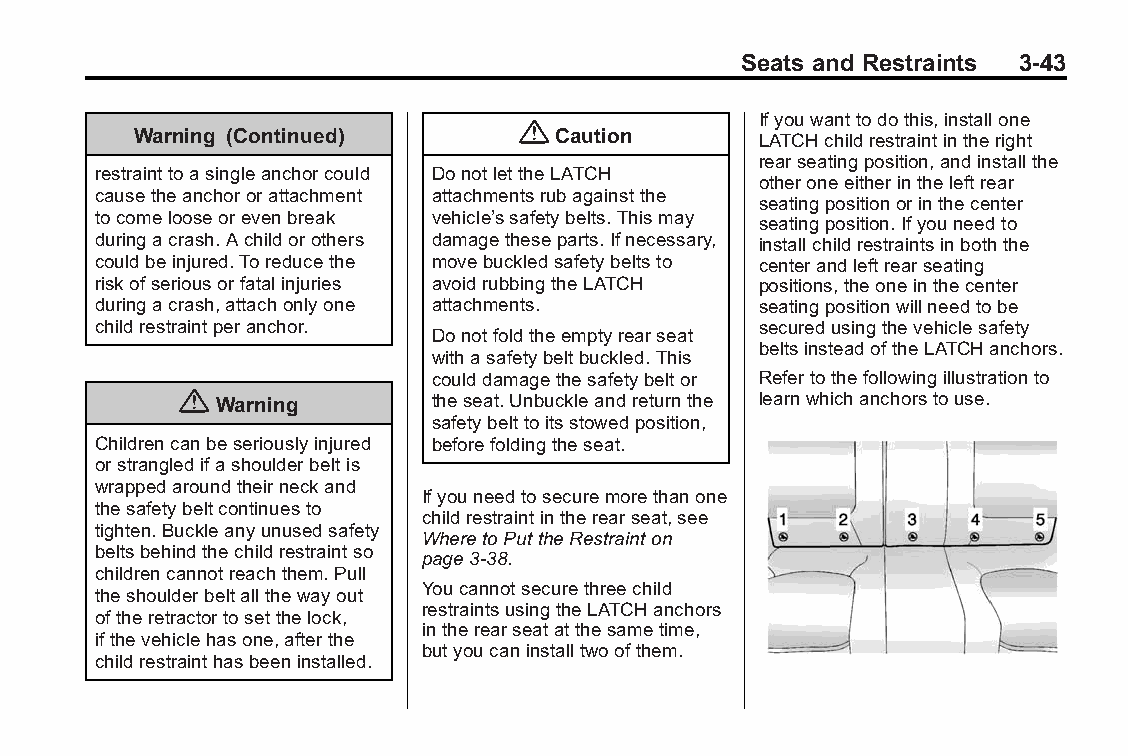
Buick LaCrosse Owner Manual (GMNA-Localizing-U.S./Canada/Mexico- Blackplate(43,1)
 6043609)-2014-2ndEdition-10/17/13
 Seats and Restraints 3-43
 Ifyouwanttodothis,installone
 {
 Warning (Continued)        Caution       LATCHchildrestraintintheright
 rearseatingposition,andinstallthe
 restrainttoasingleanchorcould DonotlettheLATCH
 otheroneeitherintheleftrear
 causetheanchororattachment attachmentsrubagainstthe
 seatingpositionorinthecenter
 tocomelooseorevenbreak vehicle’ssafetybelts.Thismay seatingposition.Ifyouneedto
 duringacrash.Achildorothers damagetheseparts.Ifnecessary, installchildrestraintsinboththe
 couldbeinjured.Toreducethe movebuckledsafetybeltsto centerandleftrearseating
 riskofseriousorfatalinjuries avoidrubbingtheLATCH positions,theoneinthecenter
 duringacrash,attachonlyone attachments.     seatingpositionwillneedtobe
 childrestraintperanchor.                    securedusingthevehiclesafety
 Donotfoldtheemptyrearseat
 beltsinsteadoftheLATCHanchors.
 withasafetybeltbuckled.This
 coulddamagethesafetybeltor Refertothefollowingillustrationto
 { Warning       theseat.Unbuckleandreturnthe learnwhichanchorstouse.
 safetybelttoitsstowedposition,
 Childrencanbeseriouslyinjured beforefoldingtheseat.
 orstrangledifashoulderbeltis
 wrappedaroundtheirneckand
 Ifyouneedtosecuremorethanone
 thesafetybeltcontinuesto
 childrestraintintherearseat,see
 tighten.Buckleanyunusedsafety
 WheretoPuttheRestrainton
 beltsbehindthechildrestraintso
 page3-38.
 childrencannotreachthem.Pull
 Youcannotsecurethreechild
 theshoulderbeltallthewayout
 restraintsusingtheLATCHanchors
 oftheretractortosetthelock,
 intherearseatatthesametime,
 ifthevehiclehasone,afterthe
 butyoucaninstalltwoofthem.
 childrestrainthasbeeninstalled.